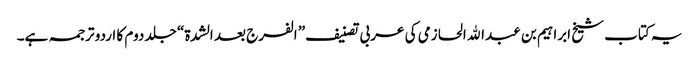
یہ کتاب شیخ ابراہیم بن عبدالله الحازمی کی عربی تصنیف” الفرج بعد الشدة“ جلد دوم کا اردو ترجمہ ہے۔